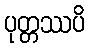
ပုတ္တဿပိ